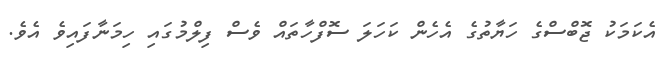
އެކަމަކު ޖޮބްސްގެ ހަޔާތުގެ އެހެން ކަހަލަ ސޮފްހާތައް ވެސް ފިލްމުގައި ހިމަނާފައިވެ އެވެ.